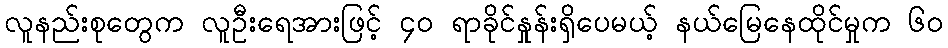
လူနည်းစုတွေက လူဦးရေအားဖြင့် ၄ဝ ရာခိုင်နှုန်းရှိပေမယ့် နယ်မြေနေထိုင်မှုက ၆ဝ